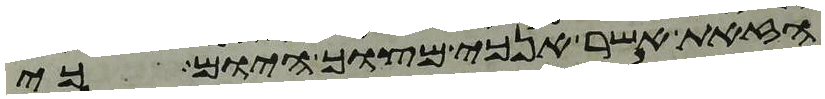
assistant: הזאת אשר אנכי מצוך היום כי